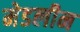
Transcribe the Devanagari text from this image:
मेडलीन